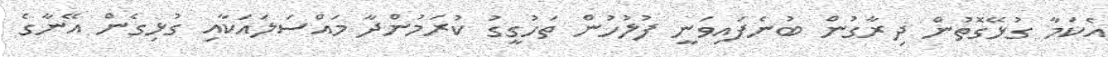
އެކަމާ ގުޅޭގޮތުން ދިރާގުން ބުނެފައިވަނީ ފުލުހުން ތަހުގީގު ކުރަމުންދާ މައްސަލައަކާއި ގުޅިގެން އޭނާގެ